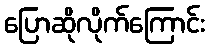
ပြောဆိုလိုက်ကြောင်း